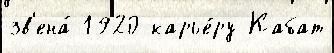
зв'ена́ 1920 карье́ру Кабат